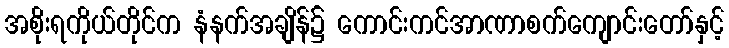
အစိုးရကိုယ်တိုင်က နံနက်အချိန်၌ ကောင်းကင်အာဏာစက်ကျောင်းတော်နှင့်